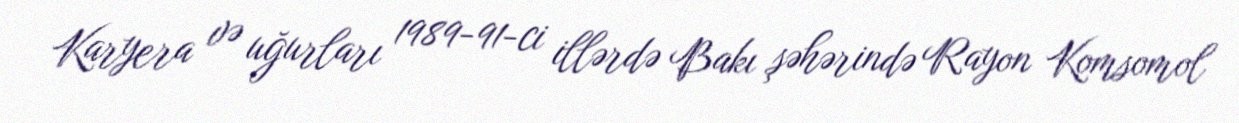
Karyera və uğurları 1989-91-ci illərdə Bakı şəhərində Rayon Komsomol